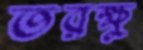
তরক্ষু